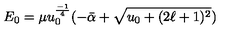
E _ { 0 } = \mu u _ { 0 } ^ { \frac { - 1 } { 4 } } ( - \bar { \alpha } + \sqrt { u _ { 0 } + ( 2 \ell + 1 ) ^ { 2 } } )